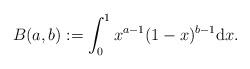
LaTeX: \begin{align*}B(a,b):=\int_0^1 x^{a-1}(1-x)^{b-1} {\rm d}x.\end{align*}